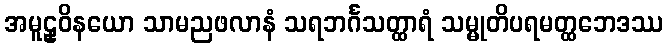
အမူဠှဝိနယော သာမညဖလာနံ သရဘင်္ဂသတ္ထာရံ သမ္မုတိပရမတ္ထဘေဒဿ